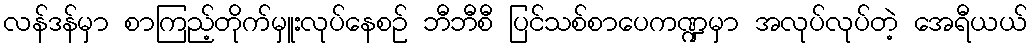
လန်ဒန်မှာ စာကြည့်တိုက်မှူးလုပ်နေစဉ် ဘီဘီစီ ပြင်သစ်စာပေကဏ္ဍမှာ အလုပ်လုပ်တဲ့ အေရီယယ်